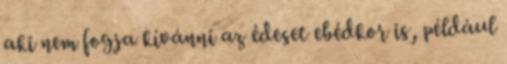
aki nem fogja kívánni az édeset ebédkor is, például